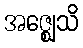
အဇ္ဈေသိ